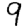
Digit: 9